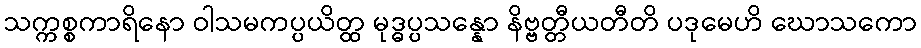
သက္ကစ္စကာရိနော ဝါသမကပ္ပယိတ္ထ မုဒ္ဓပ္ပသန္နော နိဗ္ဗတ္တီယတီတိ ပဒုမေဟိ ဃောသကော